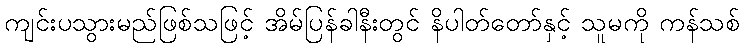
ကျင်းပသွားမည်ဖြစ်သဖြင့် အိမ်ပြန်ခါနီးတွင် နိပါတ်တော်နှင့် သူမကို ကန်သစ်